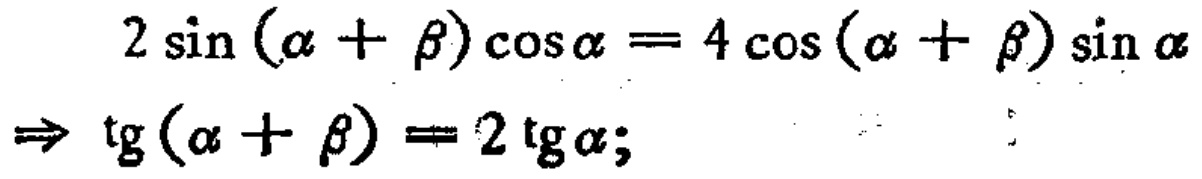
\[
\begin{align*}
2\sin(\alpha + \beta)\cos\alpha&= 4\cos(\alpha + \beta)\sin\alpha\\
\Rightarrow \tg(\alpha + \beta)&= 2\tg\alpha;
\end{align*}
\]